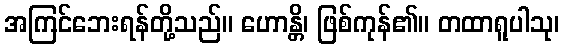
အကြင်ဘေးရန်တို့သည်။ ဟောန္တိ၊ ဖြစ်ကုန်၏။ တထာရူပါသု၊